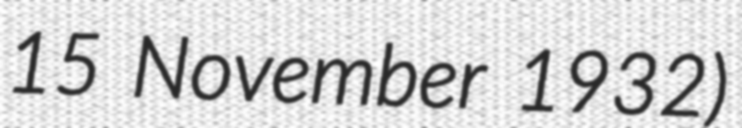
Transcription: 15 November 1932)